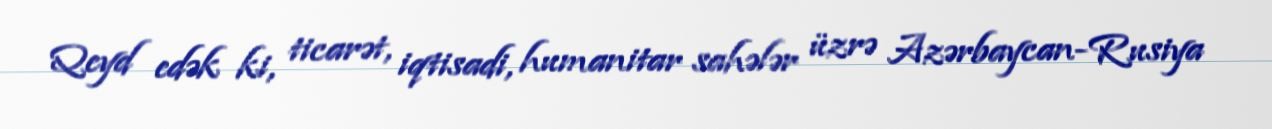
Qeyd edək ki, ticarət, iqtisadi, humanitar sahələr üzrə Azərbaycan-Rusiya